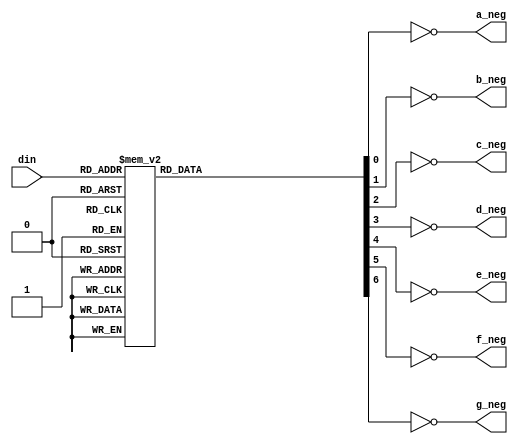
`timescale 1ns / 1ps
//////////////////////////////////////////////////////////////////////////////////
// Company: 
// Engineer: 
// 
// Design Name: 
// Module Name: dig_dec
// Project Name: 
// Target Devices: 
// Tool Versions: 
// Description: 
// 
// Dependencies: 
// 
// Revision:
// Revision 0.01 - File Created
// Additional Comments:
// 
//////////////////////////////////////////////////////////////////////////////////


module dig_dec(din, a_neg, b_neg, c_neg, d_neg, e_neg, f_neg, g_neg);
    input [3:0] din;
    reg a, b, c, d, e, f, g;
    output a_neg, b_neg, c_neg, d_neg, e_neg, f_neg, g_neg; 
    
    always@(din) begin
        case(din)
              4'b0000:begin
                a = 1; b = 1; c = 1; d = 1; e = 1; f = 1; g = 0;   
              end
              4'b0001:begin
                a = 0; b = 1; c = 1; d = 0; e = 0; f = 0; g = 0;   
              end
              4'b0010:begin
                a = 1; b = 1; c = 0; d = 1; e = 1; f = 0; g = 1;   
              end
              4'b0011:begin
                a = 1; b = 1; c = 1; d = 1; e = 0; f = 0; g = 1;   
              end
              4'b0100:begin
                a = 0; b = 1; c = 1; d = 0; e = 0; f = 1; g = 1;   
              end
              4'b0101:begin
                a = 1; b = 0; c = 1; d = 1; e = 0; f = 1; g = 1;   
              end
              4'b0110:begin
                a = 1; b = 0; c = 1; d = 1; e = 1; f = 1; g = 1;   
              end
              4'b0111:begin
                a = 1; b = 1; c = 1; d = 0; e = 0; f = 0; g = 0;   
              end
              4'b1000:begin
                a = 1; b = 1; c = 1; d = 1; e = 1; f = 1; g = 1;   
              end
              4'b1001:begin
                a = 1; b = 1; c = 1; d = 0; e = 0; f = 1; g = 1;   
              end
              4'b1010:begin
                a = 1; b = 1; c = 1; d = 0; e = 1; f = 1; g = 1;   
              end
              4'b1011:begin
                a = 0; b = 0; c = 1; d = 1; e = 1; f = 1; g = 1;   
              end
              4'b1100:begin
                a = 1; b = 0; c = 0; d = 1; e = 1; f = 1; g = 0;   
              end
              4'b1101:begin
                a = 0; b = 1; c = 1; d = 1; e = 1; f = 0; g = 1;   
              end
              4'b1110:begin
                a = 1; b = 0; c = 0; d = 1; e = 1; f = 1; g = 1;   
              end
              4'b1111:begin
                a = 1; b = 0; c = 0; d = 0; e = 1; f = 1; g = 1;   
              end
         endcase
    end
    
    assign a_neg =~ a;
    assign b_neg =~ b;
    assign c_neg =~ c;
    assign d_neg =~ d;
    assign e_neg =~ e;
    assign f_neg =~ f;
    assign g_neg =~ g;
endmodule